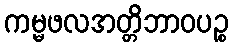
ကမ္မဖလအတ္တိဘာဝပဉ္စ